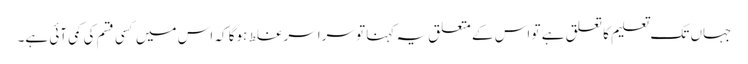
جہاں تک تعلیم کا تعلق ہے تو اس کے متعلق یہ کہنا تو سراسر غلط ہوگا کہ اس میں کسی قسم کی کمی آئی ہے۔